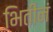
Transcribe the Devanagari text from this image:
भितीनं